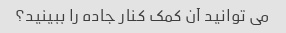
می توانید آن کمک کنار جاده را ببینید؟